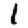
Digit: 1